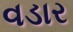
વડાર